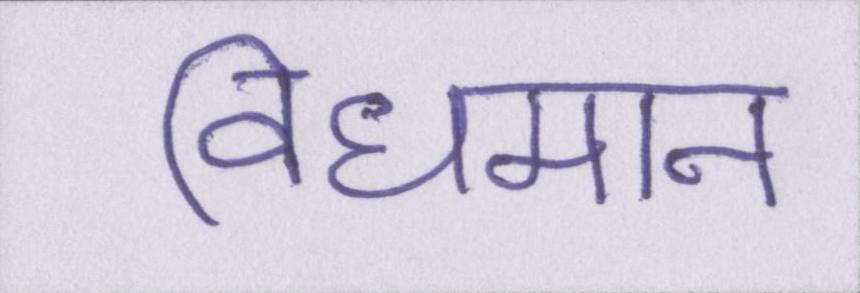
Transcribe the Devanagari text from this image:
विधमान